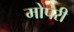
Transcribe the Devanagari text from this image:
मोपरी